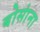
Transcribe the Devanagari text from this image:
बोसांना